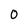
Character: o